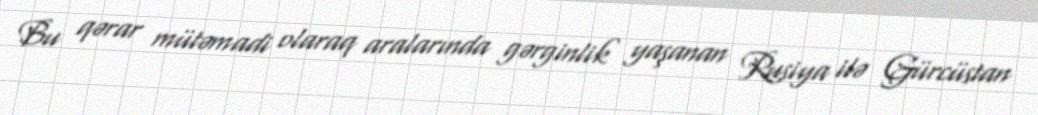
Bu qərar mütəmadi olaraq aralarında gərginlik yaşanan Rusiya ilə Gürcüstan